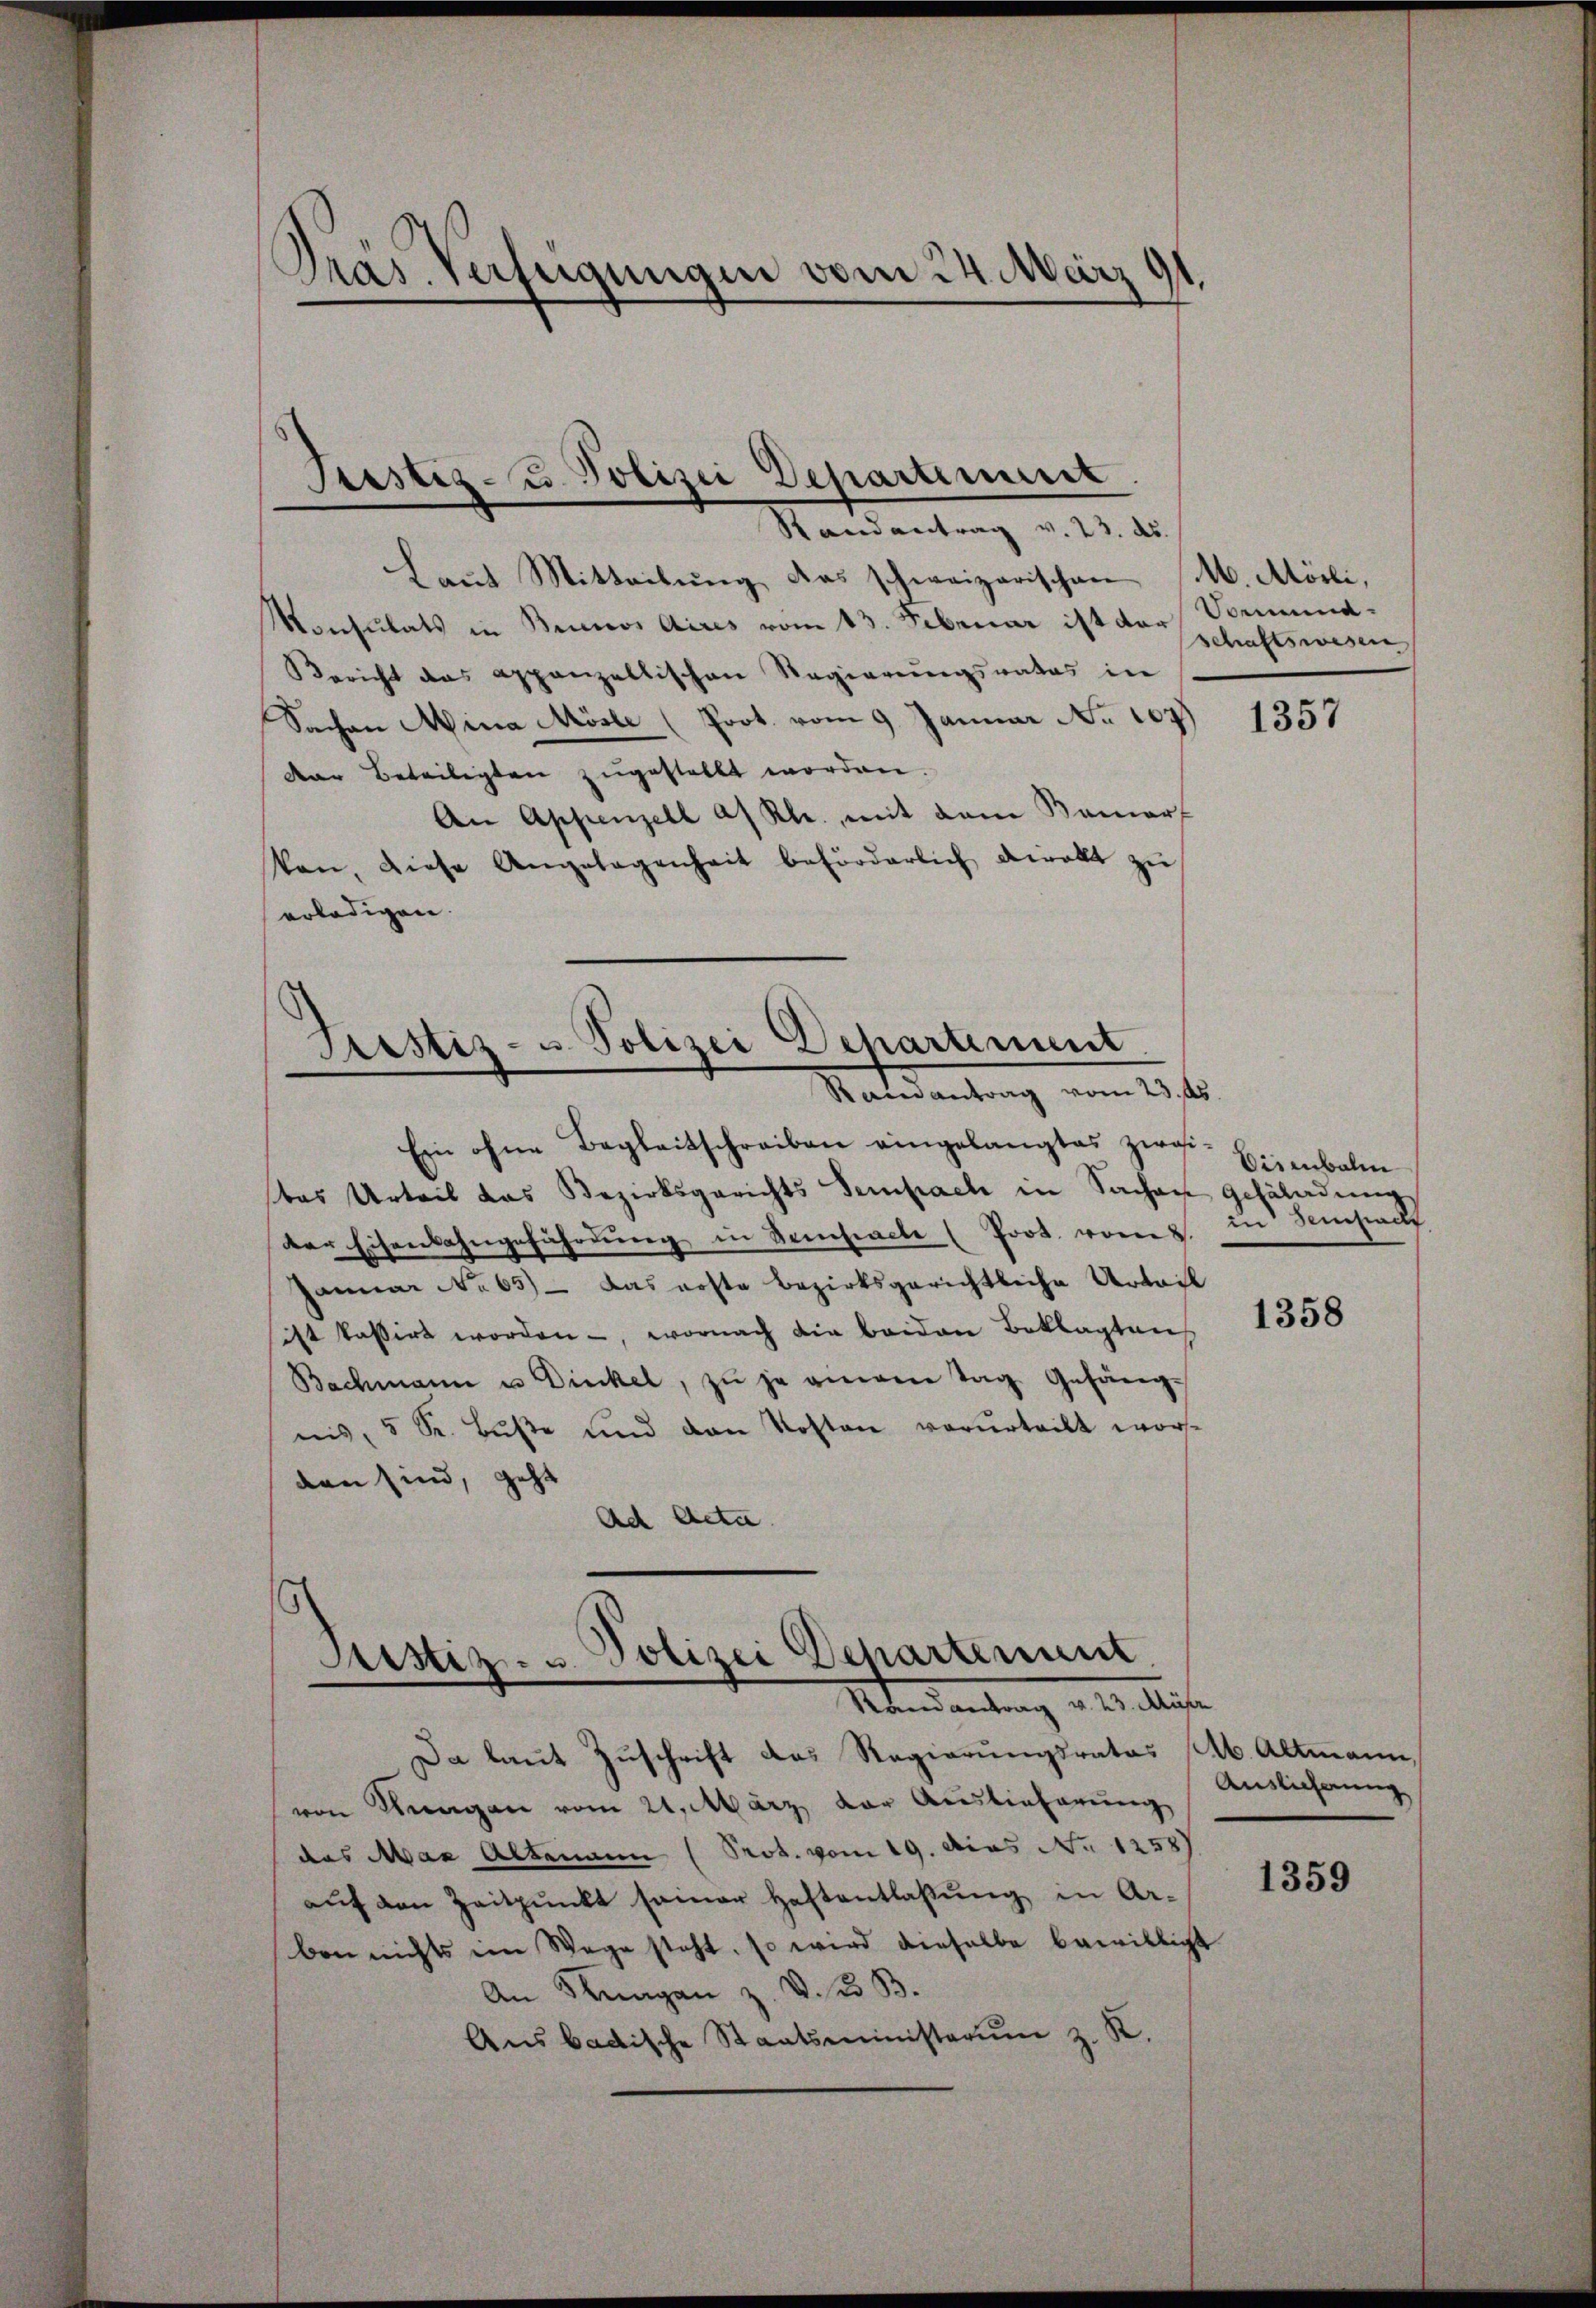
Pras. Verfügungen vom 24. März

Randantrag v. 23. ds.
Laut Mitteilung das schweizerischen M. Mörli,
Konsulats in Bennos Aires vom 13. Februar ist der Vormund¬
Bericht das appenzellischen Regierŭngsrates in
Sachen Mina Mösle (Prot. vom 9. Januar No 107)
der Beteiligten zugestellt worden.
An Appenzell a/ Kl. mit dem Kamerf
Pan, diese Angelegenheit beförderlich direkt zu
erledigen.
Piustiz- u Polizei Departement
Rainantrag vom 23. ds.

Ein ohne Begleitschreiben eingelangtes zweibas Urteil das Bezirksgerichts Sempach in Sachen Gefäladung
der Eisenbahngeführung in Sensacte (Prot. vom 8. in Schilf
Januar No 65) — Das erste Bezirksgerichtliche Urteil
ist kassirt worden -, wornach die beiden Beklagten
Bachmann u Dickel, zŭ je angen Tag Gefängnis, 5 St. Bŭβe und den Kosten verurteilt worden sind, geht
Ad Acta.

Justiz- u. Polizei Departement

Justiz- u. Polizei Departement
Uberdankung u. 20. Seiten

schaftswesen

Da laut Zuschrift das Regierungsrates (Ab. Altmann,
von Kragen vom 21. März, der Auslieferung
das Man Altmann (Prot. vom 19. dies No 1258)
aŭf den Zeitpunkt seiner Haftentlassŭng in Ar-
ben nichts im Wege steht, so wird dieselbe bewilligt
An Klagen z. V. B. B.
Aŭsbadische Staatsministerim z. K.

1357

Eisenbahn

1358

Auslicherung

1359